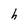
Character: h